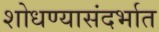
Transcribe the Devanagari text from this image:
शोधण्यासंदर्भात